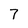
Character: 7